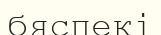
бяспекі